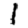
Digit: 1